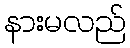
နားမလည်